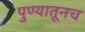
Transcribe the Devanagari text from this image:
पुण्यातूनच